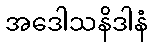
အဒေါသနိဒါနံ